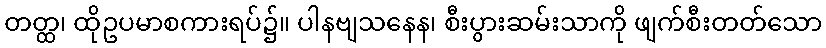
တတ္ထ၊ ထိုဥပမာစကားရပ်၌။ ပါနဗျသနေန၊ စီးပွားဆမ်းသာကို ဖျက်စီးတတ်သော